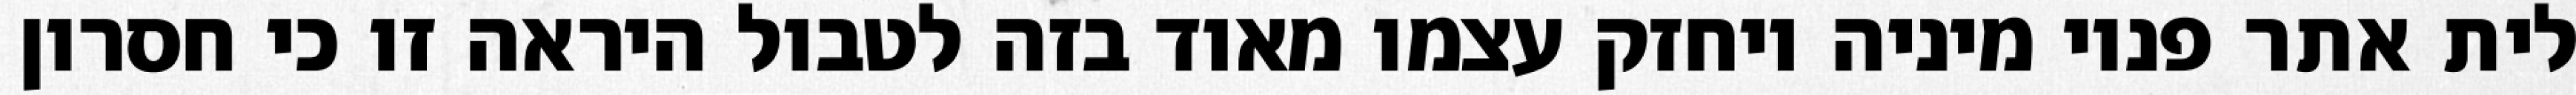
לית אתר פנוי מיניה ויחזק עצמו מאוד בזה לטבול היראה זו כי חסרון